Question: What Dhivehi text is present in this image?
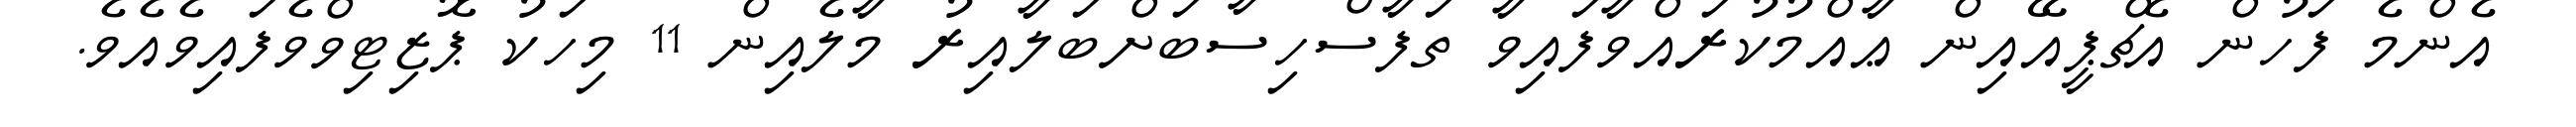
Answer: އެންމެ ފަހުން އެޗްޕީއޭއިން ޢާއްމުކުރައްވާފައިވާ ތަފާސްހިސާބަށްބަލާއިރު މާލެއިން 11 މިހަކު ޕޮޒިޓިވްވެފައިވެއެވެ.